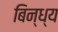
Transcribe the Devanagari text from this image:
बिन्ध्य